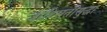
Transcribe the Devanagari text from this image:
जाहिरातीसुद्धा